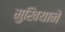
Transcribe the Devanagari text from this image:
मुखियाने